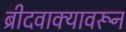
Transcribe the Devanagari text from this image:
ब्रीदवाक्यावरून